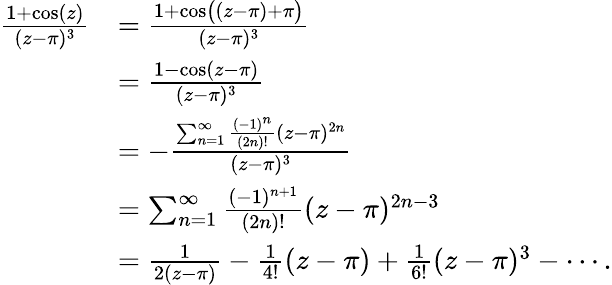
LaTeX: \begin{array}{rl}{\frac{1+\cos(z)}{(z-\pi)^{3}}}&{=\frac{1+\cos\bigl((z-\pi)+\pi\bigr)}{(z-\pi)^{3}}}\\ &{=\frac{1-\cos(z-\pi)}{(z-\pi)^{3}}}\\ &{=-\frac{\sum_{n=1}^{\infty}\frac{(-1)^{n}}{(2n)!}(z-\pi)^{2n}}{(z-\pi)^{3}}}\\ &{=\sum_{n=1}^{\infty}\frac{(-1)^{n+1}}{(2n)!}(z-\pi)^{2n-3}}\\ &{=\frac 1{2(z-\pi)}-\frac 1{4!}(z-\pi)+\frac 1{6!}(z-\pi)^{3}-\cdots.}\end{array}